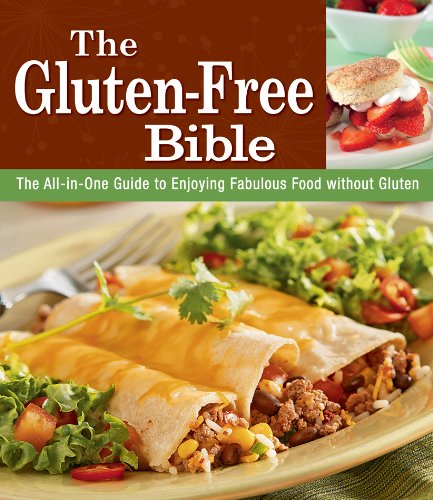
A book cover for The Gluten-Free Bible; Cookbooks, Food & Wine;